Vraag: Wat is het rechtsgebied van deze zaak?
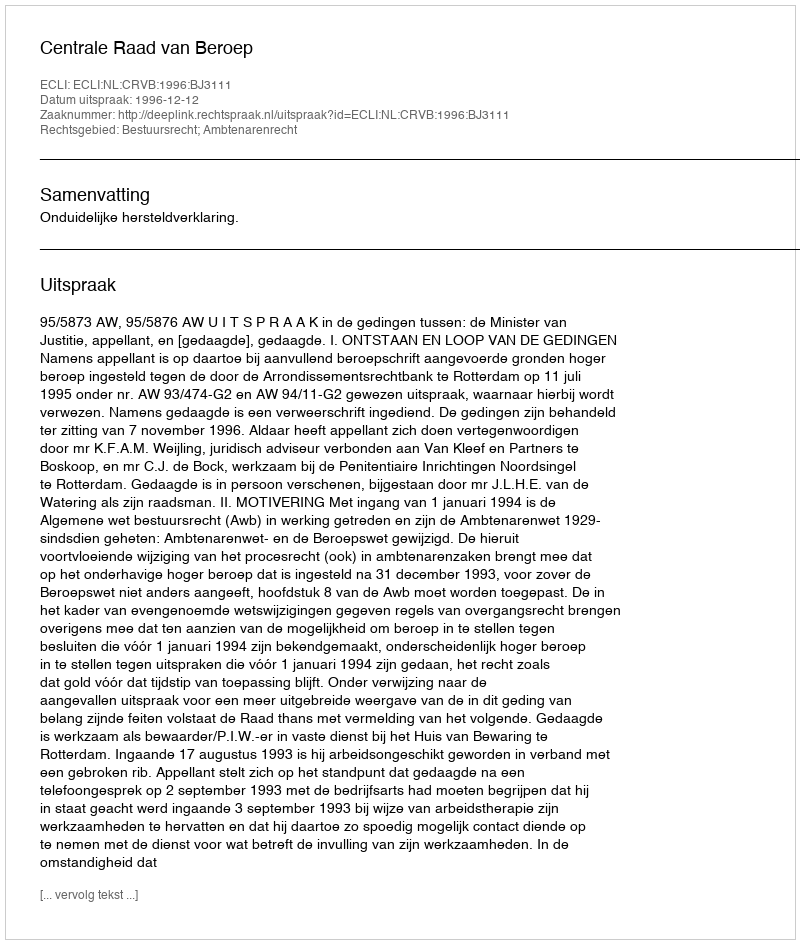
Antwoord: Bestuursrecht; Ambtenarenrecht